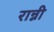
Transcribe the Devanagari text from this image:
रान्नी